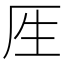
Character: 𰆘